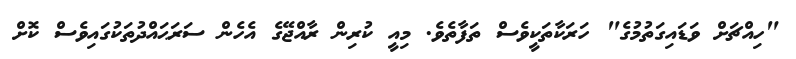
"ހިއްޗަށް ވަޑައިގަތުމުގެ" ހަރަކާތަކީވެސް ތަފާތެވެ. މިއީ ކުރިން ރާއްޖޭގެ އެހެން ސަރަޙައްދުތަކުގައިވެސް ކޮށް